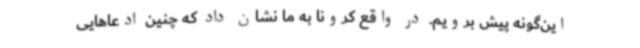
این‌گونه پیش برویم. در واقع کرونا به ما نشان داد که چنین ادعاهایی